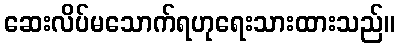
ဆေးလိပ်မသောက်ရဟုရေးသားထားသည်။